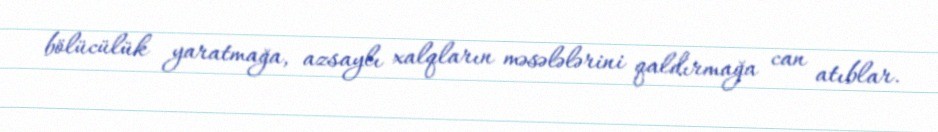
bölücülük yaratmağa, azsaylı xalqların məsələlərini qaldırmağa can atıblar.